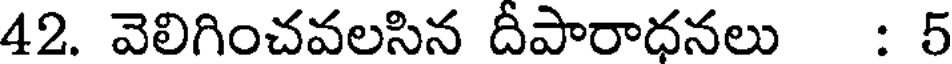
42. వెలిగించవలసిన దీపారాధనలు : 5